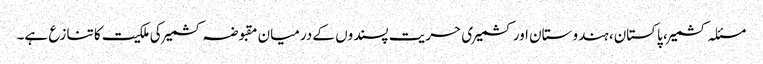
مسئلہ کشمیر، پاکستان، ہندوستان اور کشمیری حریت پسندوں کے درمیان مقبوضہ کشمیر کی ملکیت کا تنازع ہے۔